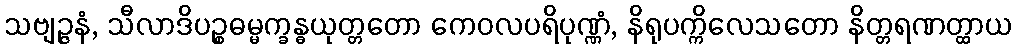
သဗျဉ္ဇနံ, သီလာဒိပဉ္စဓမ္မက္ခန္ဓယုတ္တတော ကေဝလပရိပုဏ္ဏံ, နိရုပက္ကိလေသတော နိတ္တရဏတ္ထာယ